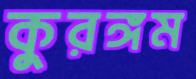
কুরঙ্গম